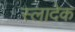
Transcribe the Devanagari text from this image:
स्लादेक